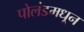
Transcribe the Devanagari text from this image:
पोलंडमधून